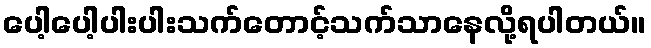
ပေါ့ပေါ့ပါးပါးသက်တောင့်သက်သာနေလို့ရပါတယ်။